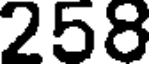
258